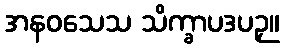
အနဝသေသ သိက္ခာပဒပဉှ။